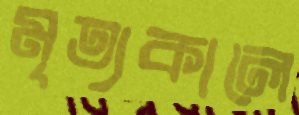
মৃত্যকালে